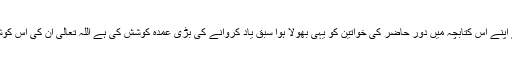
محمد اختر صدیق نے اپنے اس کتابچہ میں دور حاضر کی خواتین کو یہی بھولا ہوا سبق یاد کروانے کی بڑی عمدہ کوشش کی ہے اللہ تعالیٰ ان کی اس کوشش کو قبول فرمائے۔